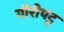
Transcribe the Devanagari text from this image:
गौरीपट्ट